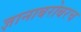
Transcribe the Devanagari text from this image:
ज्ञानाबरोबरच